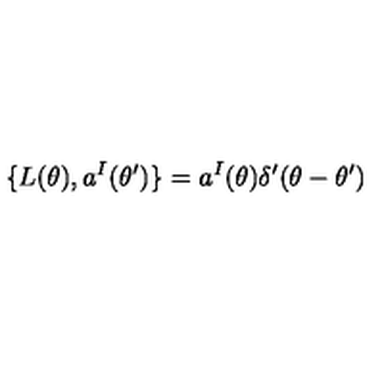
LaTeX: \{ L ( \theta ) , a ^ { I } ( \theta ^ { \prime } ) \} = a ^ { I } ( \theta ) \delta ^ { \prime } ( \theta - \theta ^ { \prime } )